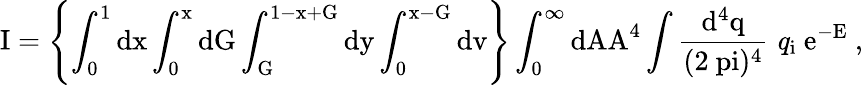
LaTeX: \mathrm{I=\left\{ \int_{0}^{1}dx\int_{0}^{x}dG\int_{G}^{1-x+G}dy\int_{0}^{x-G}dv\right\} \int_{0}^{\infty}dAA^{4}\int\frac{d^{4}q}{(2\ pi)^{4}}~{\mathit q}_{i}~e^{-E}~,}